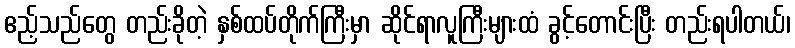
ဧည့်သည်တွေ တည်းခိုတဲ့ နှစ်ထပ်တိုက်ကြီးမှာ ဆိုင်ရာလူကြီးများထံ ခွင့်တောင်းပြီး တည်းရပါတယ်၊